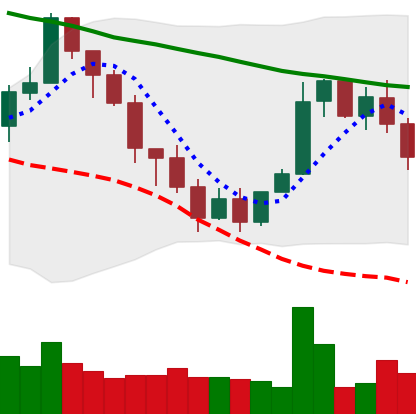
Ticker: XMR-USD
Chart end date: 2022-01-18
Forward return: -23.506%
Label: down_7plus